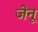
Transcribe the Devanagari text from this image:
जेनू